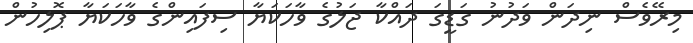
މިރޭވެސް ނިދަން ވަދުނު ގަޑީގަ ދައްކާ ޖަލުގެ ވާހަކަޔާ ސިފައިންގެ ވާހަކަޔާ ޕޮލިހުން